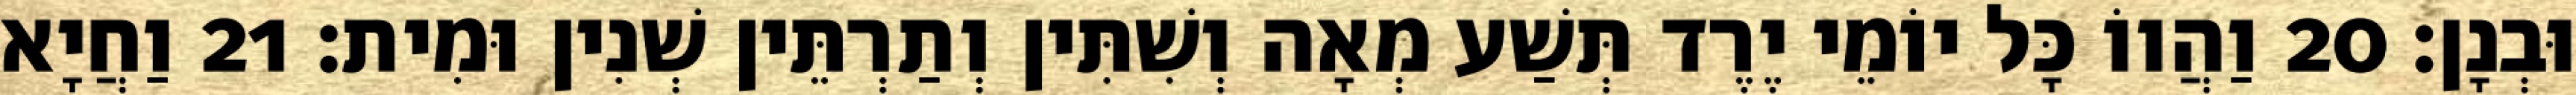
וּבְנָן׃ 20 וַהֲווֹ כָּל יוֹמֵי יֶרֶד תְּשַׁע מְאָה וְשִׁתִּין וְתַרְתֵּין שְׁנִין וּמִית׃ 21 וַחֲיָא